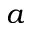
a